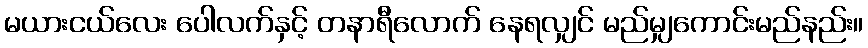
မယားငယ်လေး ပေါလက်နှင့် တနာရီလောက် နေရလျှင် မည်မျှကောင်းမည်နည်း။